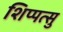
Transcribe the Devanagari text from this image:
शिप्पत्सु